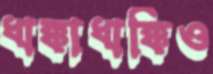
ধাক্কাধাক্কিও